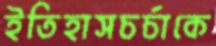
ইতিহাসচর্চাকে